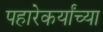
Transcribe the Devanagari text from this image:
पहारेकर्यांच्या